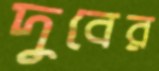
দুবের